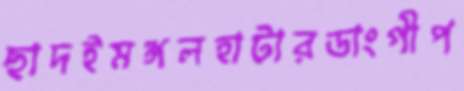
ছাদইমঙ্গলহাটারডাংগীপ